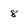
Character: 8